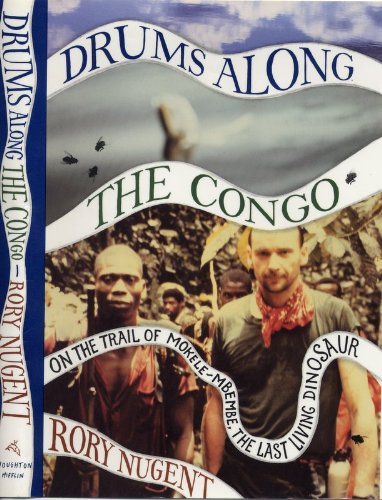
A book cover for Drums along the Congo: On the Trail of Mokele-Mbembe, the Last Living Dinosaur; Rory Nugent; Travel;